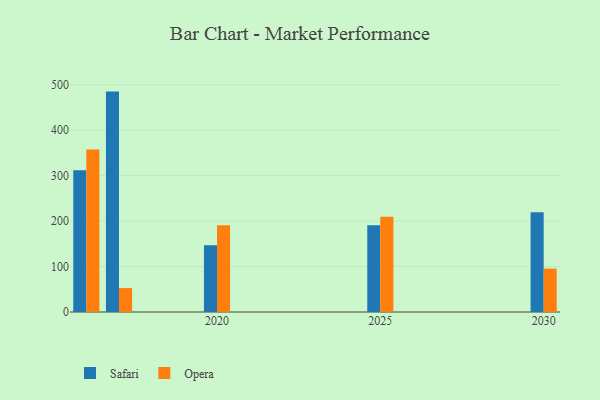
{"axis": {"x": "Year", "y": "Waste Production (Tons)"}, "legend": ["Opera", "Safari"], "data": [{"x": "2017", "y": 484.8, "type": "Safari"}, {"x": "2017", "y": 52.6, "type": "Opera"}, {"x": "2020", "y": 146.6, "type": "Safari"}, {"x": "2020", "y": 190.6, "type": "Opera"}, {"x": "2030", "y": 219.2, "type": "Safari"}, {"x": "2030", "y": 95.5, "type": "Opera"}, {"x": "2025", "y": 191.0, "type": "Safari"}, {"x": "2025", "y": 209.7, "type": "Opera"}, {"x": "2016", "y": 312.0, "type": "Safari"}, {"x": "2016", "y": 357.2, "type": "Opera"}]}